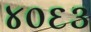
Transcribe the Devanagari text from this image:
४०६३